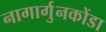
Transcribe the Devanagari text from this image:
नागार्गुनकोंडा